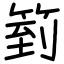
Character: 箌